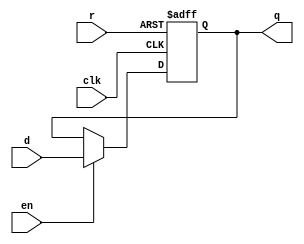
// dffare: D flip-flop with active high enable and asynchronous reset
// Parametrized width; default of 1
module dffare #(parameter WIDTH = 1) (
    input clk,
    input r,
    input en,
    input [WIDTH-1:0] d,
    output reg [WIDTH-1:0] q
);

    always @(posedge clk or negedge r)
        if (~r)
            q <= {WIDTH{1'b0}};
        else if (en)
            q <= d;
        else
            q <= q;

endmodule